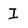
Character: I